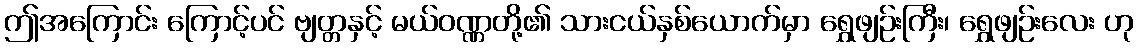
ဤအကြောင်း ကြောင့်ပင် ဗျတ္တနှင့် မယ်ဝဏ္ဏတို့၏ သားငယ်နှစ်ယောက်မှာ ရွှေဖျဉ်းကြီး၊ ရွှေဖျဉ်းလေး ဟု